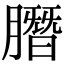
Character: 䐶